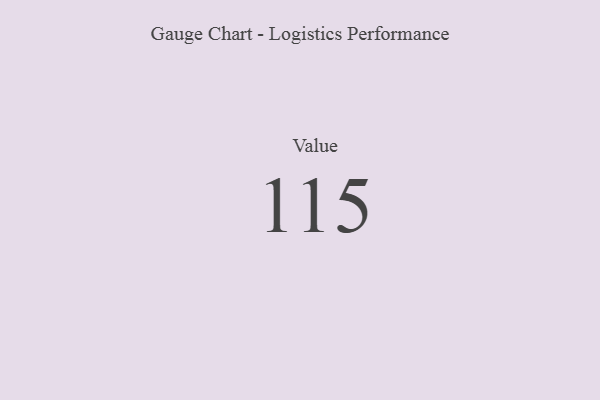
{"axis": {"x": "Metric", "y": "Value"}, "legend": [""], "data": [{"x": "Value", "y": 115, "type": ""}]}